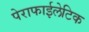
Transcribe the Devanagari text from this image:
पेराफाईलेटिक